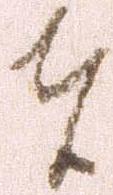
者